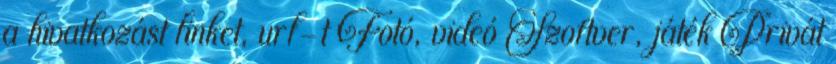
a hivatkozást linket, url-t Fotó, videó Szoftver, játék Privát